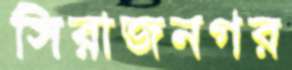
সিরাজনগর